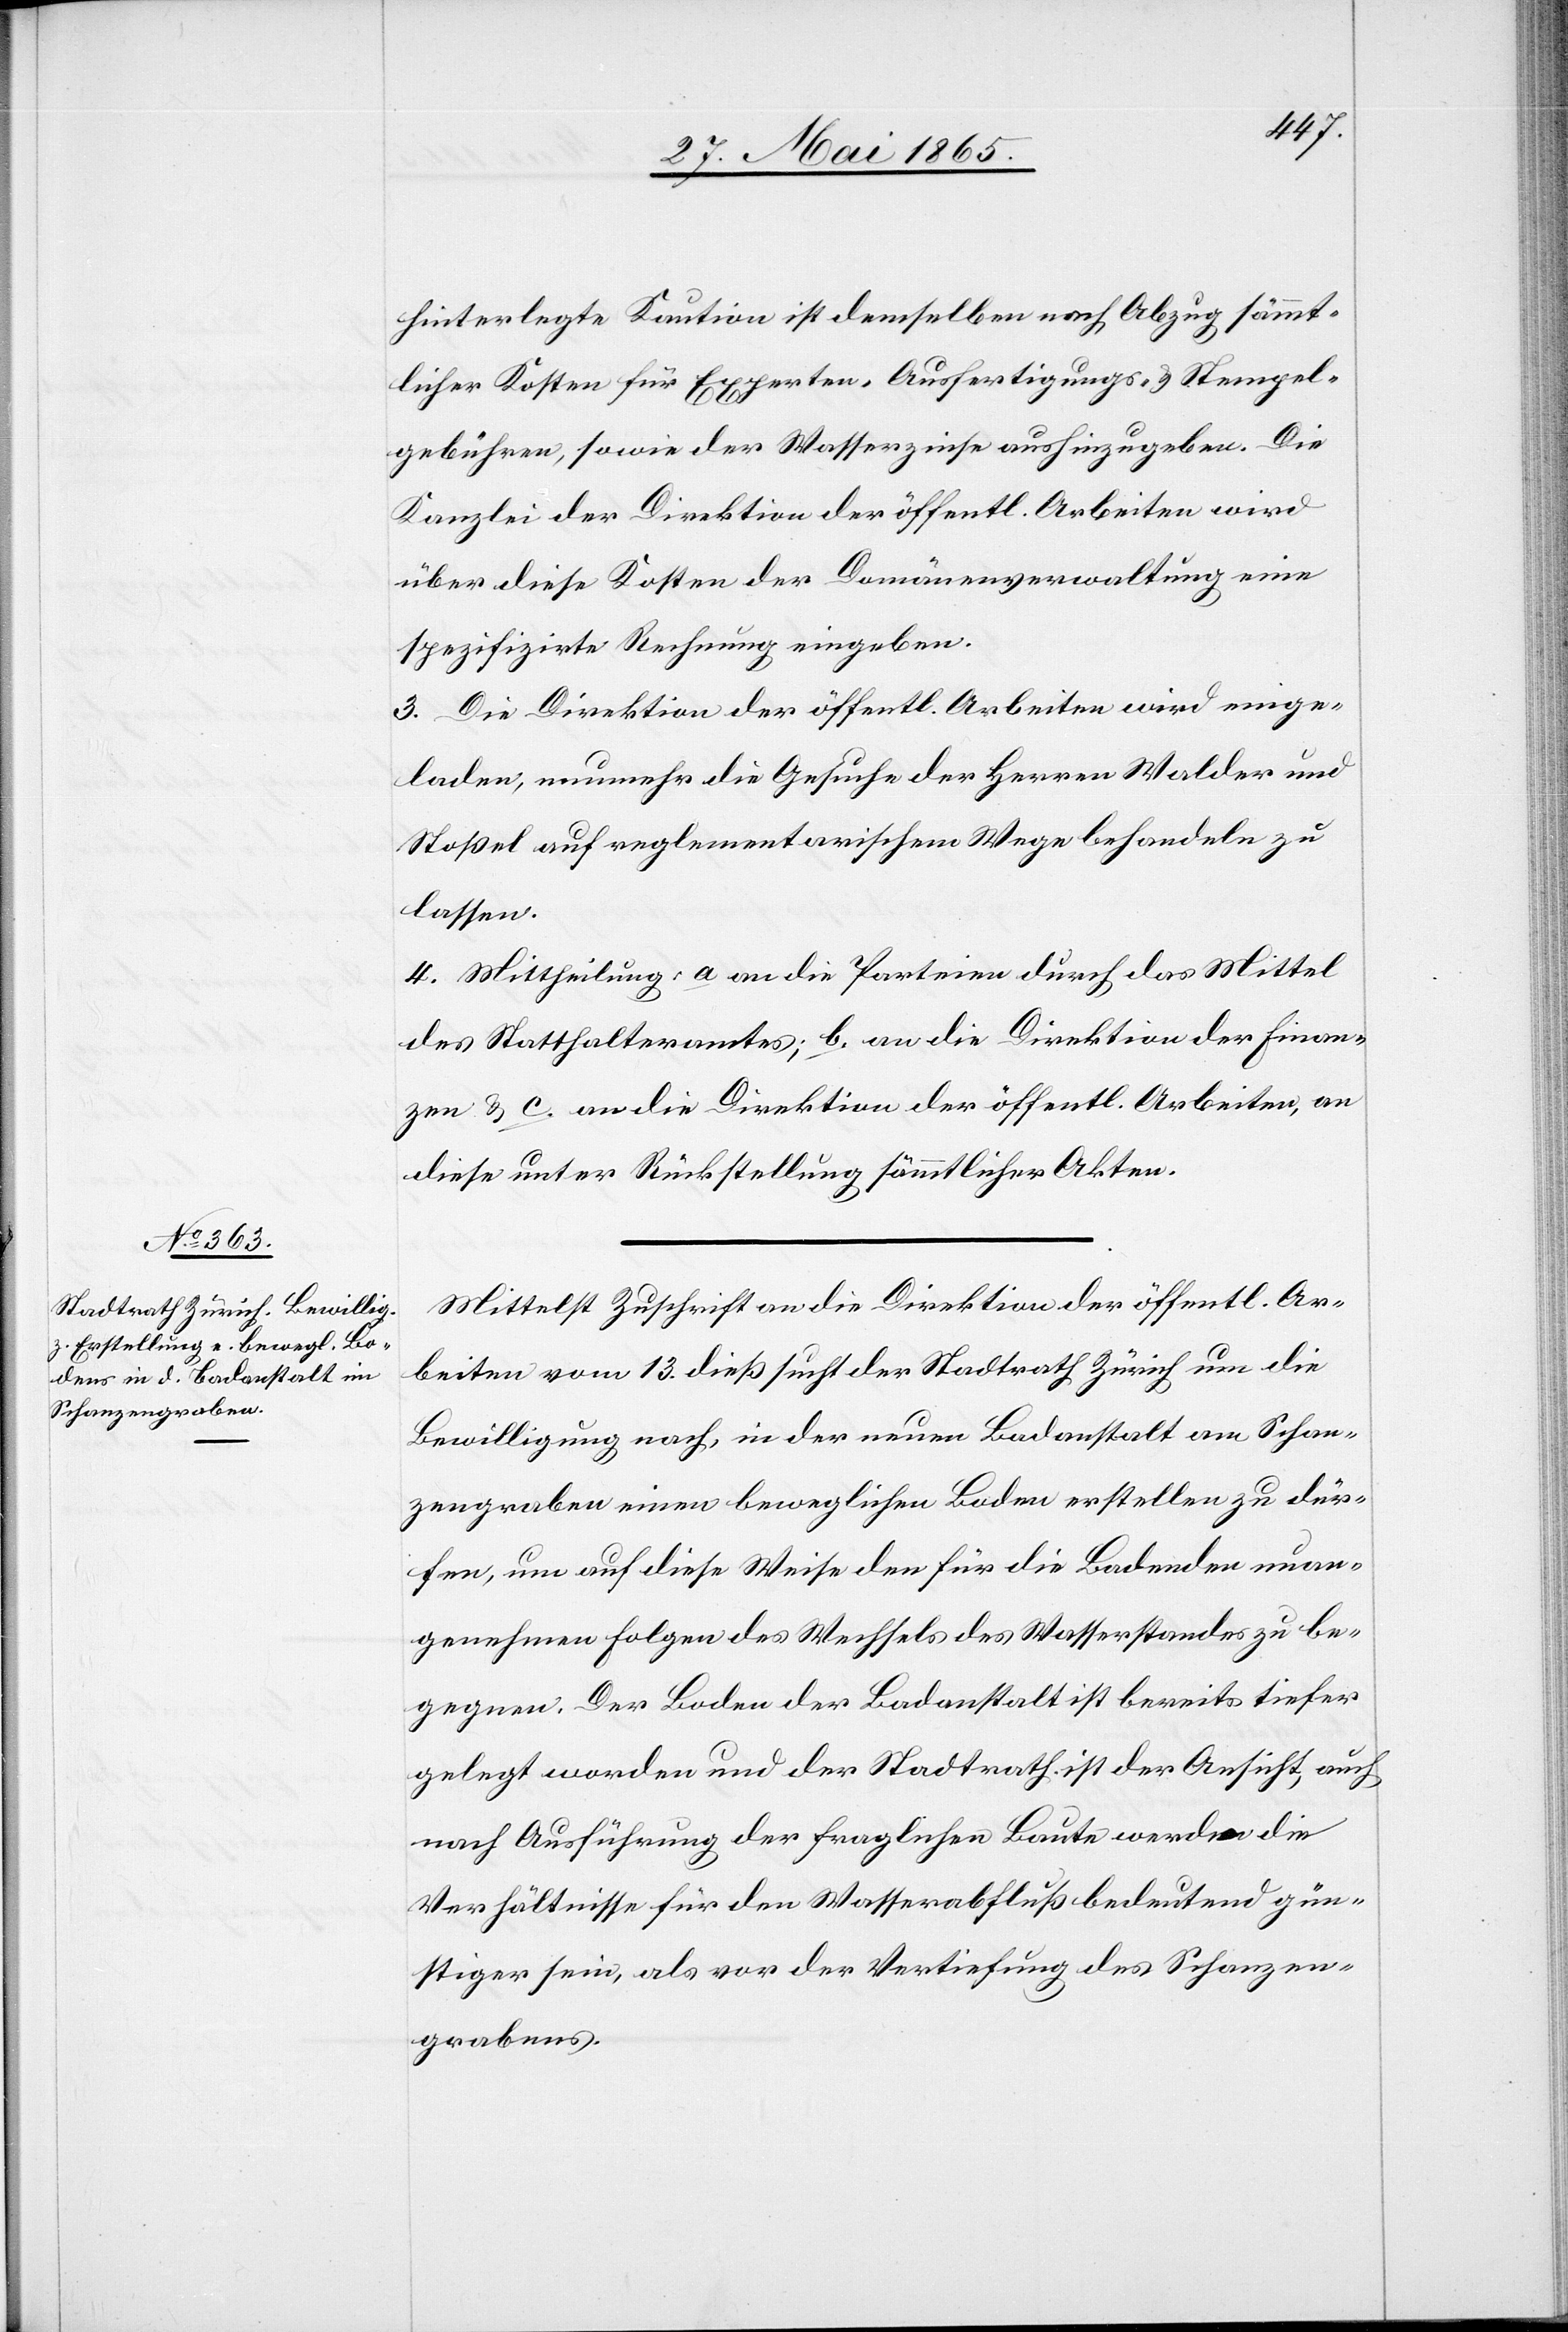
hinterlegte Kaution ist demselben nach Abzug sämmt¬
licher Kosten für Experten-[,] Ausfertigungs- & Stempel¬
gebühren, sowie der Wasserzinse aushinzugeben. Die
Kanzlei der Direktion der öffentl. Arbeiten wird
über diese Kosten der Domänenverwaltung eine
spezifizirte Rechnung eingeben.
3. Die Direktion der öffentl. Arbeiten wird einge¬
laden, nunmehr die Gesuche der Herren Walder und
[sic!] auf reglementarischem Wege behandeln zu
lassen.
4. Mittheilung: a an die Parteien durch das Mittel
des Statthalteramtes; b. an die Direktion der Finan¬
zen & c. an die Direktion der öffentl. Arbeiten, an
diese unter Rückstellung sämmtlicher Akten.
Mittelst Zuschrift an die Direktion der öffentl. Ar¬
beiten vom 13. dieß sucht der Stadtrath Zürich um die
Bewilligung nach, in der neuen Badanstalt am Schan¬
zengraben einen beweglichen Boden erstellen zu dür¬
fen, um auf diese Weise den für die Badenden unan¬
genehmen Folgen des Wechsels des Wasserstandes zu be¬
gegnen. Der Boden der Badanstalt ist bereits tiefer
gelegt worden und der Stadtrath ist der Ansicht, auch
nach Ausführung der fraglichen Baute werden die
Verhältnisse für den Wasserabfluß bedeutend gün¬
stiger sein, als vor der Vertiefung des Schanzen¬
grabens.